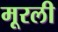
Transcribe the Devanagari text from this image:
मूरली